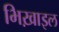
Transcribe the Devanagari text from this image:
भिख़ाइल